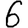
Digit: 6